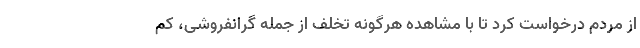
از مردم درخواست کرد تا با مشاهده هرگونه تخلف از جمله گرانفروشی، کم